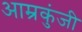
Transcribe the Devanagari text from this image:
आम्रकुंजी